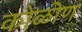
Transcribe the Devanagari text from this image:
कोळीण